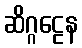
ဆိဂ္ဂဠေန